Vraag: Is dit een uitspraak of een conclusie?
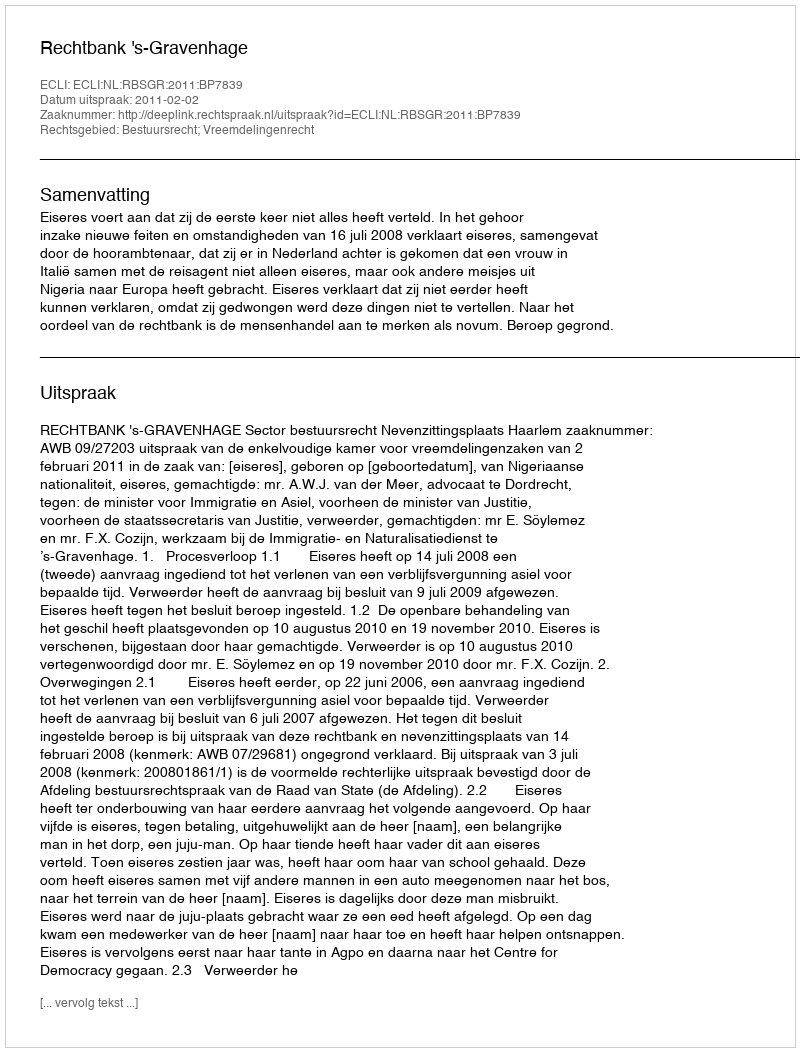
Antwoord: Uitspraak